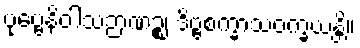
ပုဗ္ဗေနိဝါသဉာဏဉ္စ၊ ဒိဗ္ဗစက္ခာသဝက္ခယန္တိ။